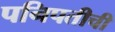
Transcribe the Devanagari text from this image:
पनिपतीची